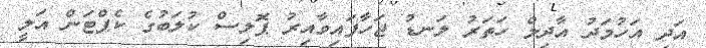
އަދި އަހުމަދު އާދިލް ހަތަރު ލަނޑު ޖަހާފައިވާއިރު ޕޮލިސް ކުލަބުގެ ކެޕްޓަން އަލީ